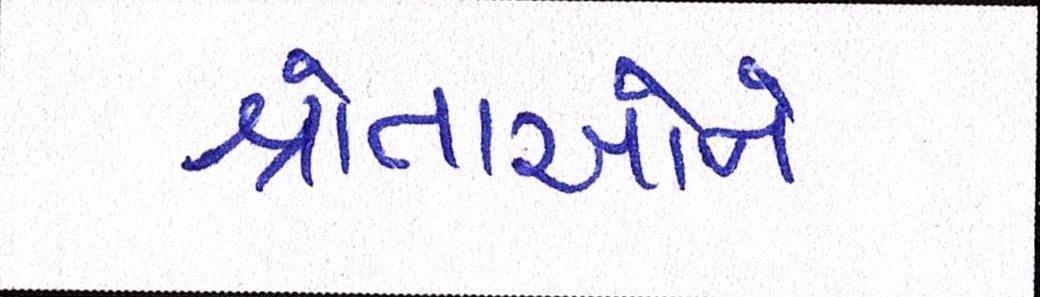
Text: શ્રોતાઓને